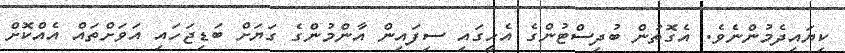
ކިޔައިދެމުންނެވެ. އެގޮތުން ބުދިސްޓުންގެ އެހީގައި ސިފައިން އާންމުންގެ ގަޔަށް ބަޑިޖަހައި އަވަށްތައް އެއްކޮށް